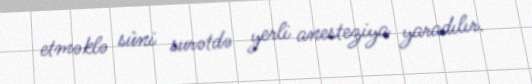
etməklə süni surətdə yerli anesteziya yaradılır.